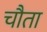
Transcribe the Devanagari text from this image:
चौता